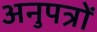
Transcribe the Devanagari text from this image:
अनुपत्रों